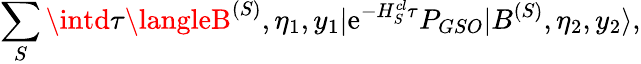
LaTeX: \sum_{S}\intd\tau\langleB^{(S)},\eta_{1},y_{1}|\mathrm{e}^{-H_{S}^{cl}\tau}P_{GSO}|B^{(S)},\eta_{2},y_{2}\rangle,